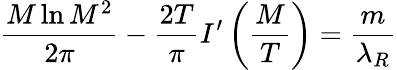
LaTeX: \frac{M\ln M^{2}}{2\pi}-{\frac{2T}{\pi}}I^{\prime}\left(\frac{M}{T}\right)=\frac{m}{\lambda_{R}}